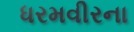
ધરમવીરના